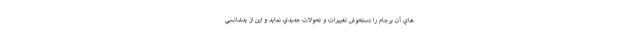
هاي آن برجام را دستخوش تغييرات و تحولات جديدي نمايد و اين از بدشانسي